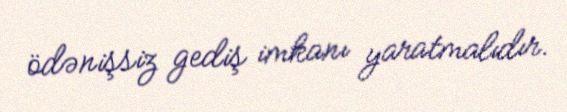
ödənişsiz gediş imkanı yaratmalıdır.